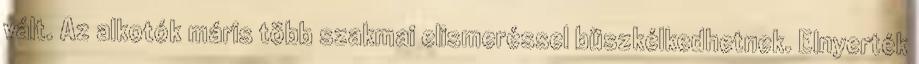
vált. Az alkotók máris több szakmai elismeréssel büszkélkedhetnek. Elnyerték